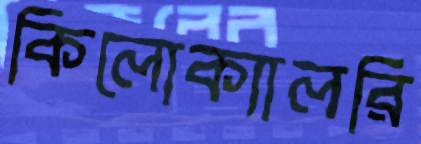
কিলোক্যালরি